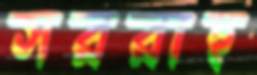
সররাহ